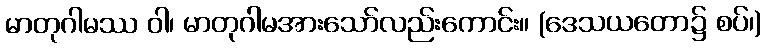
မာတုဂါမဿ ဝါ၊ မာတုဂါမအားသော်လည်းကောင်း။ (ဒေသယတော၌ စပ်၊)